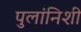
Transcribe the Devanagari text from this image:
पुलांनिशी